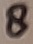
Text: 8